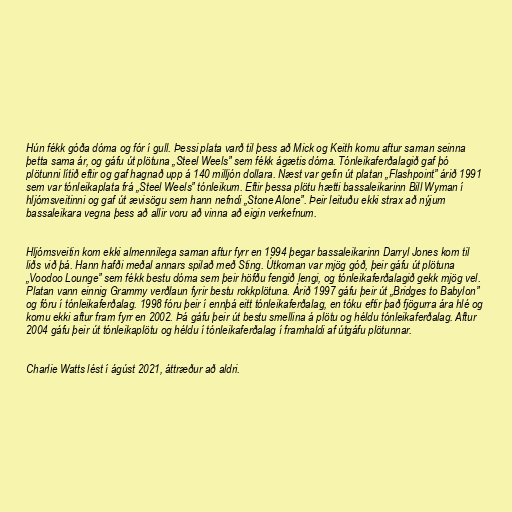
Hún fékk góða dóma og fór í gull. Þessi plata varð til þess að Mick og Keith komu aftur saman seinna
þetta sama ár, og gáfu út plötuna „Steel Weels” sem fékk ágætis dóma. Tónleikaferðalagið gaf þó
plötunni lítið eftir og gaf hagnað upp á 140 milljón dollara. Næst var gefin út platan „Flashpoint” árið 1991
sem var tónleikaplata frá „Steel Weels” tónleikum. Eftir þessa plötu hætti bassaleikarinn Bill Wyman í
hljómsveitinni og gaf út ævisögu sem hann nefndi „Stone Alone”. Þeir leituðu ekki strax að nýjum
bassaleikara vegna þess að allir voru að vinna að eigin verkefnum.

Hljómsveitin kom ekki almennilega saman aftur fyrr en 1994 þegar bassaleikarinn Darryl Jones kom til
liðs við þá. Hann hafði meðal annars spilað með Sting. Útkoman var mjög góð, þeir gáfu út plötuna
„Voodoo Lounge” sem fékk bestu dóma sem þeir höfðu fengið lengi, og tónleikaferðalagið gekk mjög vel.
Platan vann einnig Grammy verðlaun fyrir bestu rokkplötuna. Árið 1997 gáfu þeir út „Bridges to Babylon”
og fóru í tónleikaferðalag. 1998 fóru þeir í ennþá eitt tónleikaferðalag, en tóku eftir það fjögurra ára hlé og
komu ekki aftur fram fyrr en 2002. Þá gáfu þeir út bestu smellina á plötu og héldu tónleikaferðalag. Aftur
2004 gáfu þeir út tónleikaplötu og héldu í tónleikaferðalag í framhaldi af útgáfu plötunnar.

Charlie Watts lést í ágúst 2021, áttræður að aldri.